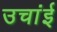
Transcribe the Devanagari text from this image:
उचांई